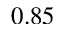
0 . 8 5